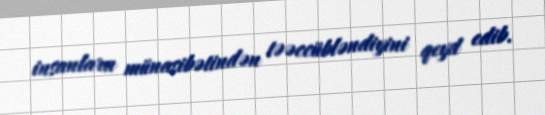
insanlara münasibətindən təəccübləndiyini qeyd edib.